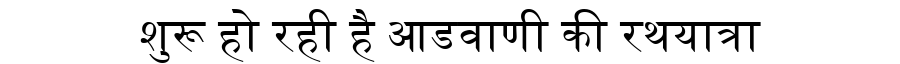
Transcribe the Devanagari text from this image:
शुरू हो रही है आडवाणी की रथयात्रा